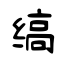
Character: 缟